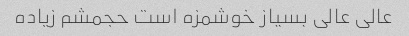
عالی عالی بسیاز خوشمزه است حجمشم زیاده